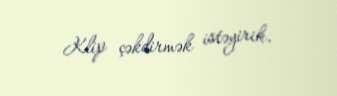
Klip çəkdirmək istəyirik.